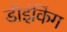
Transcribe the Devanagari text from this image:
डीइंकिंग